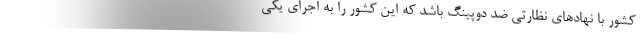
کشور با نهادهای نظارتی ضد دوپینگ باشد که این کشور را به اجرای یکی